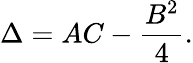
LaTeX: \Delta=AC-{\frac{B^{2}}{4}}.